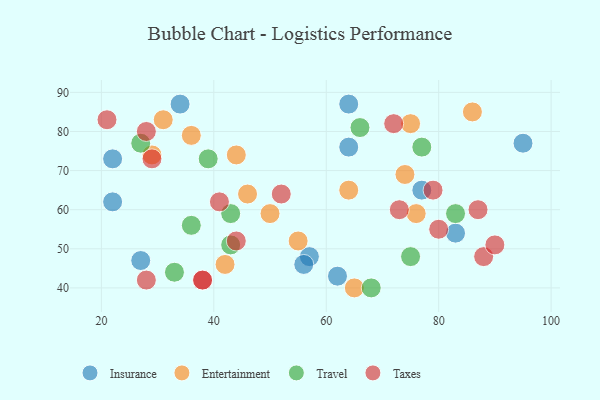
{"axis": {"x": "GDP", "y": "Life Expectancy"}, "legend": ["Entertainment", "Insurance", "Taxes", "Travel"], "data": [{"x": "77", "y": 65, "type": "Insurance"}, {"x": "62", "y": 43, "type": "Insurance"}, {"x": "64", "y": 87, "type": "Insurance"}, {"x": "57", "y": 48, "type": "Insurance"}, {"x": "56", "y": 46, "type": "Insurance"}, {"x": "22", "y": 62, "type": "Insurance"}, {"x": "22", "y": 73, "type": "Insurance"}, {"x": "64", "y": 76, "type": "Insurance"}, {"x": "27", "y": 47, "type": "Insurance"}, {"x": "83", "y": 54, "type": "Insurance"}, {"x": "34", "y": 87, "type": "Insurance"}, {"x": "95", "y": 77, "type": "Insurance"}, {"x": "65", "y": 40, "type": "Entertainment"}, {"x": "29", "y": 74, "type": "Entertainment"}, {"x": "44", "y": 74, "type": "Entertainment"}, {"x": "42", "y": 46, "type": "Entertainment"}, {"x": "76", "y": 59, "type": "Entertainment"}, {"x": "31", "y": 83, "type": "Entertainment"}, {"x": "46", "y": 64, "type": "Entertainment"}, {"x": "50", "y": 59, "type": "Entertainment"}, {"x": "86", "y": 85, "type": "Entertainment"}, {"x": "74", "y": 69, "type": "Entertainment"}, {"x": "55", "y": 52, "type": "Entertainment"}, {"x": "75", "y": 82, "type": "Entertainment"}, {"x": "64", "y": 65, "type": "Entertainment"}, {"x": "36", "y": 79, "type": "Entertainment"}, {"x": "43", "y": 51, "type": "Travel"}, {"x": "75", "y": 48, "type": "Travel"}, {"x": "77", "y": 76, "type": "Travel"}, {"x": "27", "y": 77, "type": "Travel"}, {"x": "83", "y": 59, "type": "Travel"}, {"x": "43", "y": 59, "type": "Travel"}, {"x": "39", "y": 73, "type": "Travel"}, {"x": "66", "y": 81, "type": "Travel"}, {"x": "68", "y": 40, "type": "Travel"}, {"x": "33", "y": 44, "type": "Travel"}, {"x": "36", "y": 56, "type": "Travel"}, {"x": "88", "y": 48, "type": "Taxes"}, {"x": "38", "y": 42, "type": "Taxes"}, {"x": "44", "y": 52, "type": "Taxes"}, {"x": "29", "y": 73, "type": "Taxes"}, {"x": "87", "y": 60, "type": "Taxes"}, {"x": "41", "y": 62, "type": "Taxes"}, {"x": "21", "y": 83, "type": "Taxes"}, {"x": "73", "y": 60, "type": "Taxes"}, {"x": "80", "y": 55, "type": "Taxes"}, {"x": "72", "y": 82, "type": "Taxes"}, {"x": "79", "y": 65, "type": "Taxes"}, {"x": "28", "y": 42, "type": "Taxes"}, {"x": "38", "y": 42, "type": "Taxes"}, {"x": "90", "y": 51, "type": "Taxes"}, {"x": "28", "y": 80, "type": "Taxes"}, {"x": "52", "y": 64, "type": "Taxes"}]}